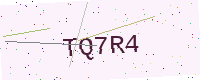
Text: TQ7R4